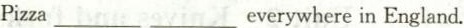
Pizza ___ ___everywhere in England.